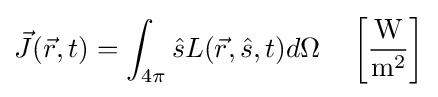
{\vec {J}}({\vec {r}},t)=\int _{4\pi }{\hat {s}}L({\vec {r}},{\hat {s}},t)d\Omega \quad \left[{\frac {\mathrm {W} }{\mathrm {m} ^{2}}}\right]